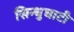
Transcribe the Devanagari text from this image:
सिन्‍धुघाटी